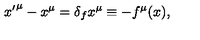
{ x ^ { \prime } } ^ { \mu } - x ^ { \mu } = \delta _ { f } x ^ { \mu } \equiv - f ^ { \mu } ( x ) ,